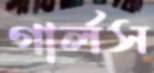
গার্লস